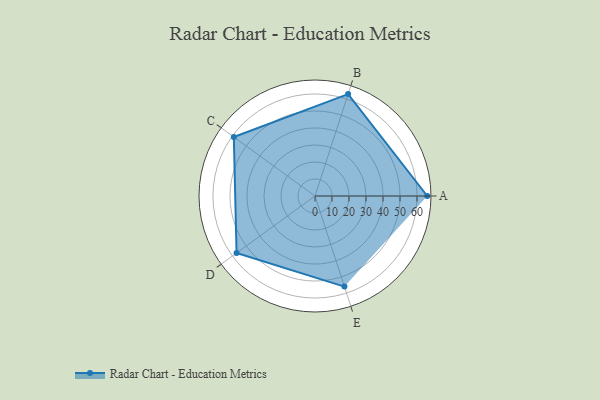
{"axis": {"x": "Skill", "y": "Score"}, "legend": ["Profile"], "data": [{"x": "A", "y": 66.0, "type": "Profile"}, {"x": "B", "y": 63.0, "type": "Profile"}, {"x": "C", "y": 59.0, "type": "Profile"}, {"x": "D", "y": 57.0, "type": "Profile"}, {"x": "E", "y": 56.0, "type": "Profile"}]}